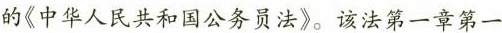
的《中华人民共和国公务员法》。该法第一章第一